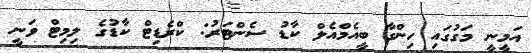
އަމީނީ މަގުގައި ހިންގާ ބީއެމްއެލް ކާޑު ސެންޓަރު: ކްރެޑިޓް ކާޑުގެ ލިމިޓް ވަނީ